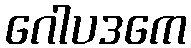
ဂေါပဒကေ